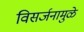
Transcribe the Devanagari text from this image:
विसर्जनामुळे